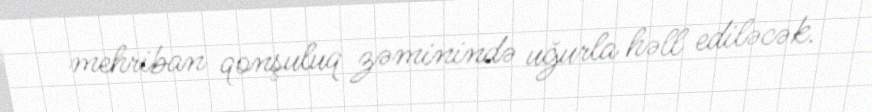
mehriban qonşuluq zəminində uğurla həll ediləcək.